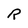
Character: R